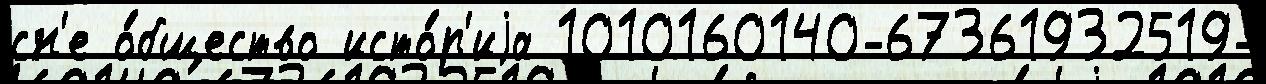
сн'е о́бщество исто́р'иjа 1010160140-67361932519-